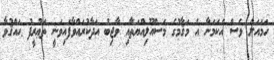
ހަމައަށް ވެސް އެކަމަނާ އެ މަޤާމުގެ މަސްއޫލިއްޔަތާއި ވާޖިބު އަދާކުރައްވާފައިވަނީ ތަޢުރީފު ޙައްޤުވާ